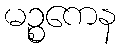
မဉ္စကေန